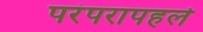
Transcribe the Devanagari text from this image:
परंपरापहले